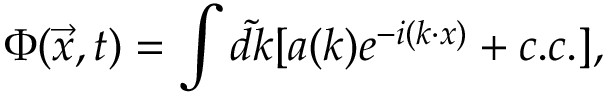
\Phi ( \vec { x } , t ) = \int \tilde { d k } [ a ( k ) e ^ { - i ( k \cdot x ) } + c . c . ] ,